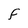
Character: F